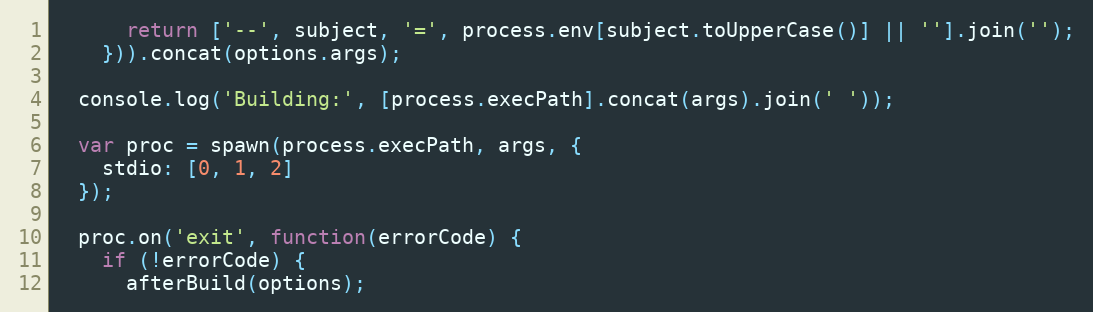
Language: JavaScript
      return ['--', subject, '=', process.env[subject.toUpperCase()] || ''].join('');
    })).concat(options.args);

  console.log('Building:', [process.execPath].concat(args).join(' '));

  var proc = spawn(process.execPath, args, {
    stdio: [0, 1, 2]
  });

  proc.on('exit', function(errorCode) {
    if (!errorCode) {
      afterBuild(options);